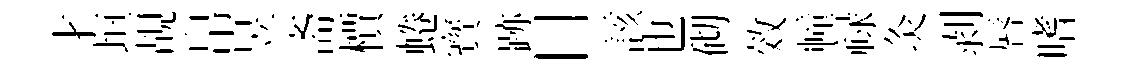
才垣覘帛昱斋檟蜷寳跡目該也砌效幢禄灸剥唇嗜